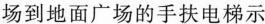
场到地面广场的手扶电梯示